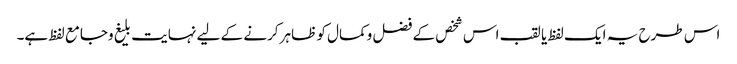
اس طرح یہ ایک لفظ یا لقب اس شخص کے فضل وکمال کو ظاہر کرنے کے لیے نہایت بلیغ وجامع لفظ ہے۔